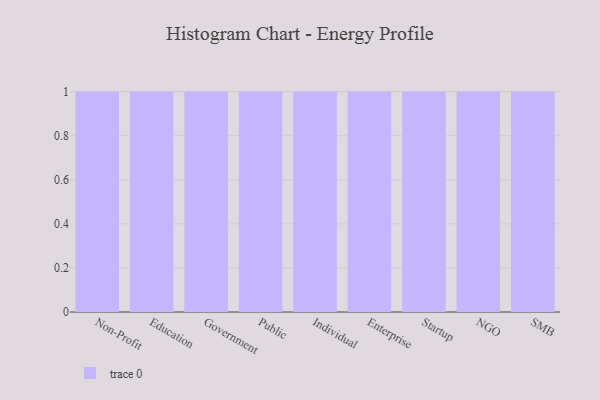
{"axis": {"x": "Segment", "y": "Headcount"}, "legend": [""], "data": [{"x": "Non-Profit", "y": 7, "type": ""}, {"x": "Education", "y": 89, "type": ""}, {"x": "Government", "y": 36, "type": ""}, {"x": "Public", "y": 94, "type": ""}, {"x": "Individual", "y": 69, "type": ""}, {"x": "Enterprise", "y": 36, "type": ""}, {"x": "Startup", "y": 87, "type": ""}, {"x": "NGO", "y": 19, "type": ""}, {"x": "SMB", "y": 10, "type": ""}]}